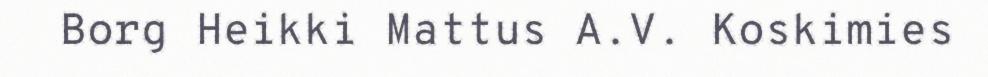
Borg Heikki Mattus A.V. Koskimies